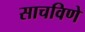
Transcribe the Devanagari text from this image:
साचविणे